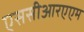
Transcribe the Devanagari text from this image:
एससीआरएएम